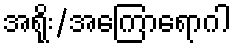
အရိုး/အကြောရောဂါ